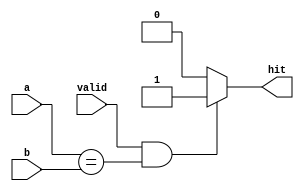
`timescale 1ns / 1ps
//////////////////////////////////////////////////////////////////////////////////
// Company: 
// Engineer: 
// 
// Design Name: 
// Module Name: equal
// Project Name: 
// Target Devices: 
// Tool Versions: 
// Description: 
// 
// Dependencies: 
// 
// Revision:
// Revision 0.01 - File Created
// Additional Comments:
// 
//////////////////////////////////////////////////////////////////////////////////


module hitcheck #(parameter WIDTH=3)(
    input [WIDTH-1:0] a,b,
    input valid,
    output reg hit
    );
    
    always@(*)
    if(valid&(a==b)) hit<=1'b1;
    else hit<=1'b0;
    
endmodule